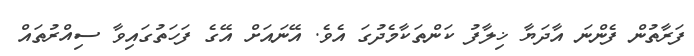
ފަރާތުން ފެންނަ އާދަޔާ ޚިލާފު ކަންތަކާމެދުގަ އެވެ. އޭނައަށް އޭގެ ފަހަތުގައިވާ ސިއްރުތައް